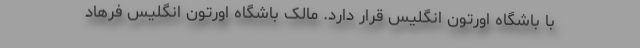
با باشگاه اورتون انگلیس قرار دارد. مالک باشگاه اورتون انگلیس فرهاد